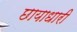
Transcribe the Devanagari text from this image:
छायाधारी